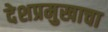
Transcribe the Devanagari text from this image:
देशप्रमुखाचा